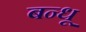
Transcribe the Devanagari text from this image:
बन्धू